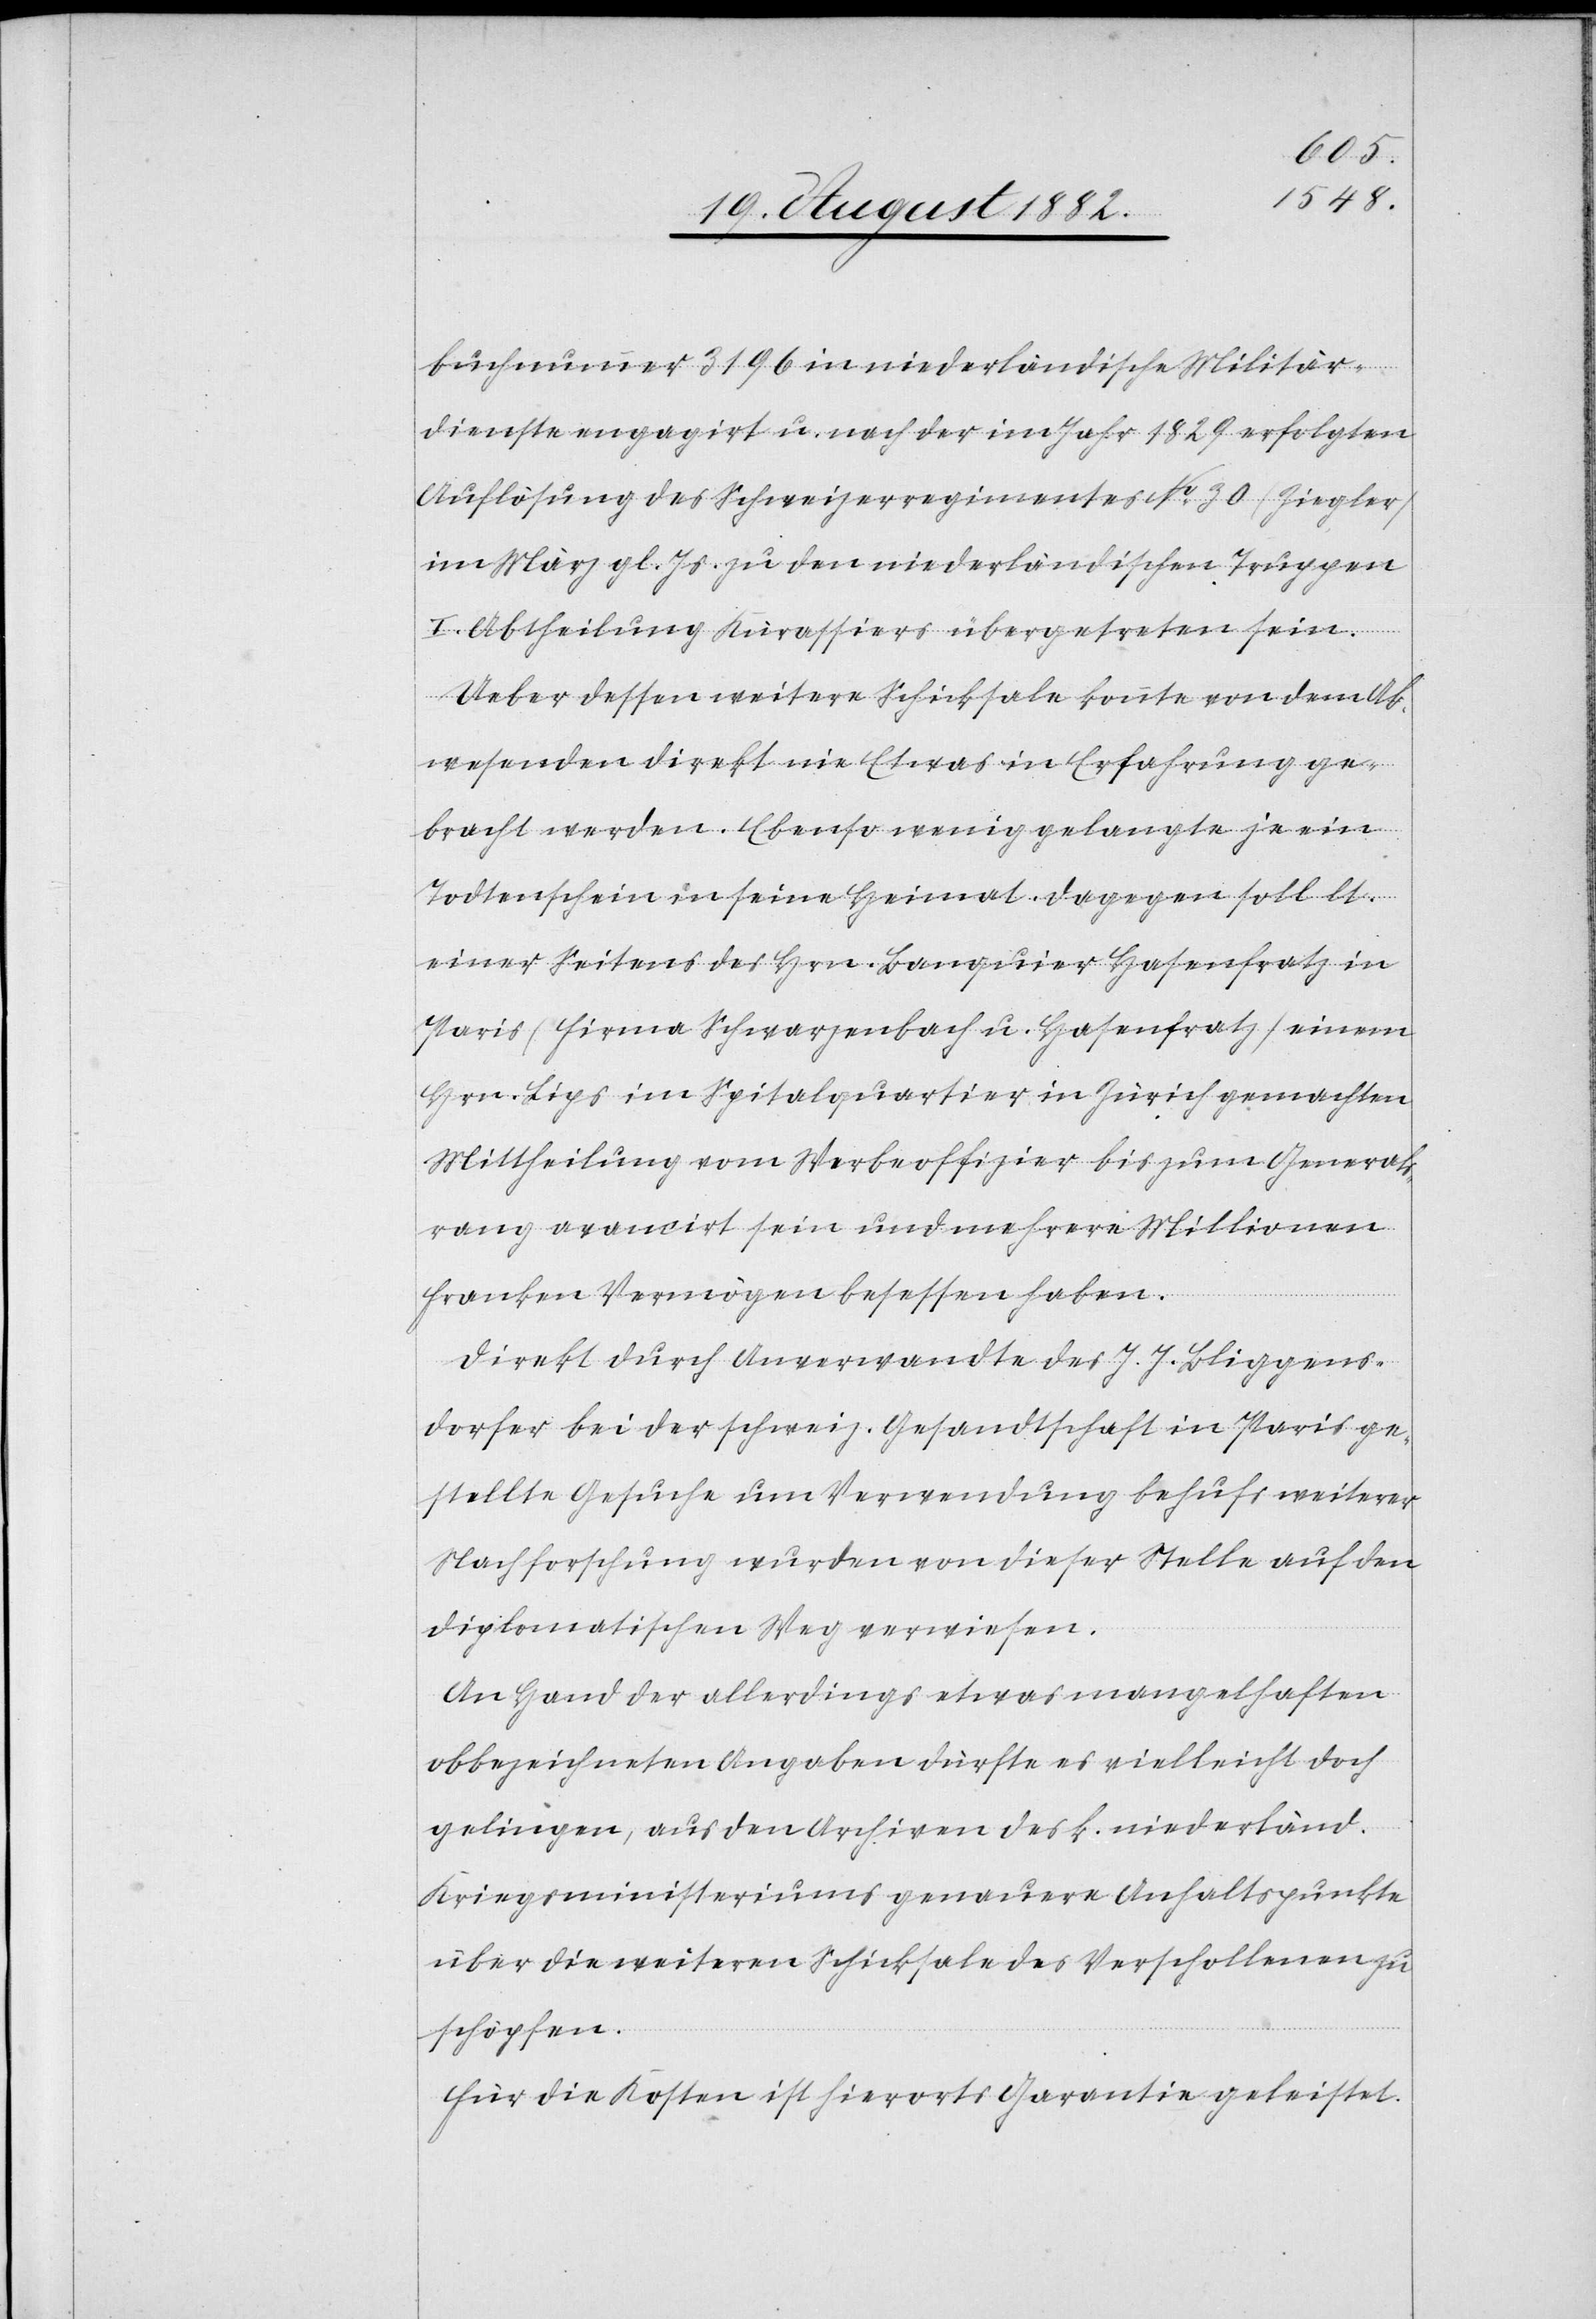
buchnummer 3196 in niederländische Militär¬
dienste engagirt u. nach der im Jahr 1829 erfolgten
Auflösung des Schweizerregimentes No 30 (Ziegler)
im März gl. Js. zu den niederländischen Truppen
I. Abtheilung Kürassiers übergetreten sein.
Ueber dessen weitere Schicksale konnte von dem Ab¬
wesenden direkt nie Etwas in Erfahrung ge¬
bracht werden. Ebenso wenig gelangte je ein
Todtenschein in seine Heimat. Dagegen soll [er]
einer Seitens des Hrn. Banquier Hasenfratz in
Paris (Firma Schwarzenbach u. Hasenfratz) einem
Hrn. Lips im Spitalquartier in Zürich gemachten
Mittheilung vom Werbeoffizier bis zum Generals¬
rang avancirt sein und mehrere Millionen
Franken Vermögen besessen haben.
Direkt durch Anverwandte des J. J. Bliggens¬
dorfer bei der schweiz. Gesandtschaft in Paris ge¬
stellte Gesuche um Verwendung behufs weiterer
Nachforschung wurden von dieser Stelle auf den
diplomatischen Weg verwiesen.
An Hand der allerdings etwas mangelhaften
obbezeichneten Angaben dürfte es vielleicht doch
gelingen, aus den Archiven des k. niederländ.
Kriegsministeriums genauere Anhaltspunkte
über die weiteren Schicksale des Verschollenen zu
schöpfen.
Für die Kosten ist hierorts Garantie geleistet.